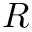
R